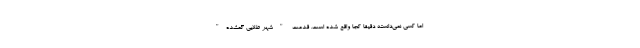
اما کسی نمی‌دانسته دقیقا کجا واقع شده است. قدمت "شهر طلایی گمشده"